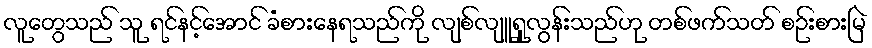
လူတွေသည် သူ ရင်နင့်အောင် ခံစားနေရသည်ကို လျစ်လျူရှုလွန်းသည်ဟု တစ်ဖက်သတ် စဉ်းစားမြဲ